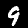
Digit: 9